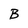
Character: B